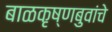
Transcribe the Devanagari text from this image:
बाळकृष्णबुवांचे